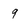
Character: 9